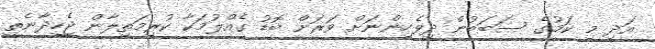
އަދި މި ކަމުގެ ސަބަބުން ދިވެހިންނަށް ވަރަށް ބޮޑު ގެއްލުމަކާ ކުރިމަތިލާން ޖެހިދާނެތީ